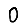
Digit: 0